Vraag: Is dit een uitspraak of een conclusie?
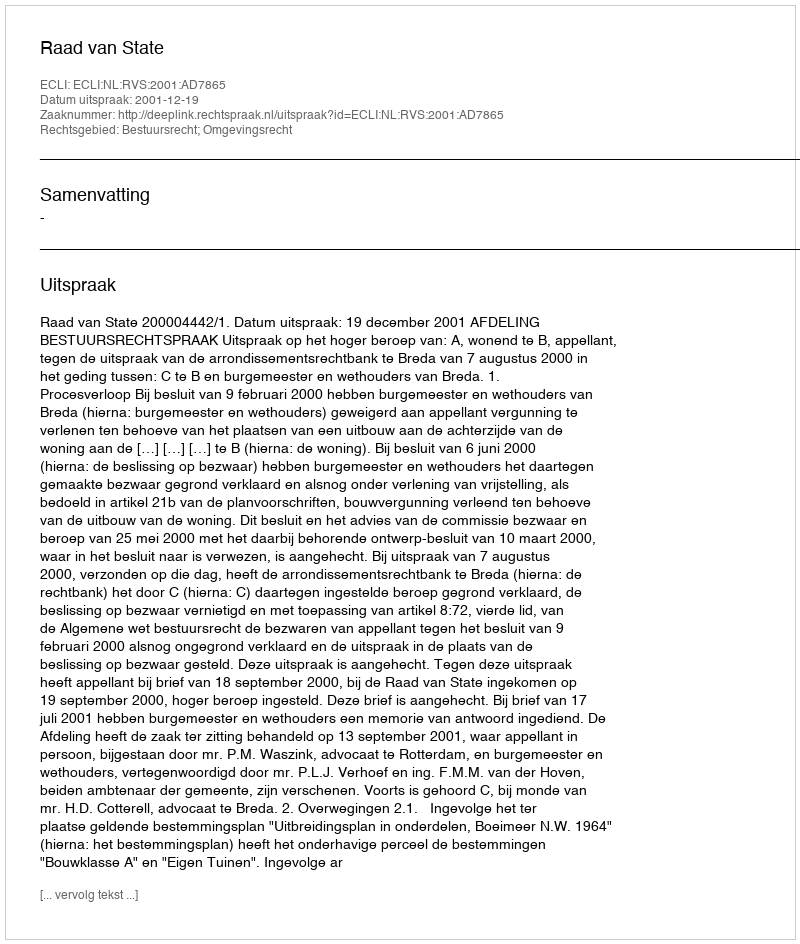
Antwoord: Uitspraak